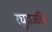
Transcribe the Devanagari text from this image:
रघुराजसिंह